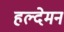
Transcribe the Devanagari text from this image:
हल्देमन